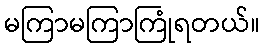
မကြာမကြာကြုံရတယ်။